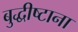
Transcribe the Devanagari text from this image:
बुद्धीष्टाना